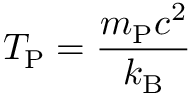
T _ { \mathrm { P } } = { \frac { m _ { \mathrm { P } } c ^ { 2 } } { k _ { \mathrm { B } } } }